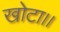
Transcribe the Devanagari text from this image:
खोटा।।